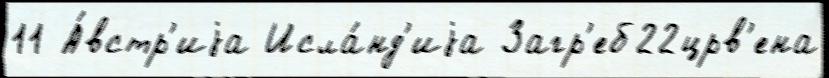
11 А́встр'иjа Исла́нд'иjа Загр'еб22црв'ена